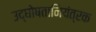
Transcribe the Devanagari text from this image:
उद्घोषतानियंत्रक